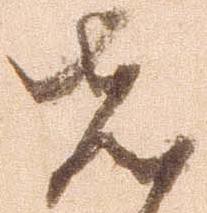
先